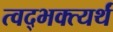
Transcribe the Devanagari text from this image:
त्वद्भक्त्यर्थं